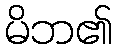
မိဘ၏